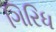
ગિરિધ